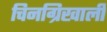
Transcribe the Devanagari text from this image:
चिनग्रिखाली